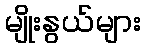
မျိုးနွယ်များ